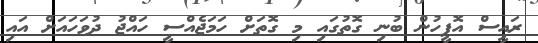
ރައީސް އޮފީހުން ބުނި ގޮތުގައި މި ގޮތަށް ހަމަޖެއްސީ ހައްޖު ދުވަހައަށް އައި